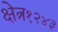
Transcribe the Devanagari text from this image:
क्षेत्र१२४३